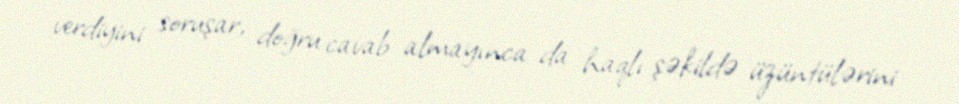
verdiyini soruşar, doğru cavab almayınca da haqlı şəkildə üzüntülərini